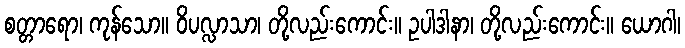
စတ္တာရော၊ ကုန်သော။ ဝိပလ္လာသာ၊ တို့လည်းကောင်း။ ဥပါဒါနာ၊ တို့လည်းကောင်း။ ယောဂါ၊